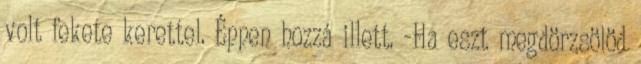
volt fekete kerettel. Éppen hozzá illett. -Ha eszt megdörzsölöd